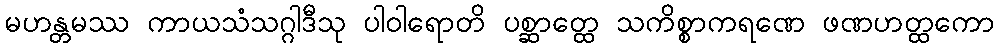
မဟန္တမဿ ကာယသံသဂ္ဂါဒီသု ပါဝါရောတိ ပစ္ဆာတ္ထေ သကိစ္စာကရဏေ ဖဏဟတ္ထကော